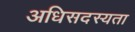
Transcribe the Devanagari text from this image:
अधिसदस्यता